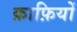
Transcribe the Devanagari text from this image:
क़ाफ़ियों